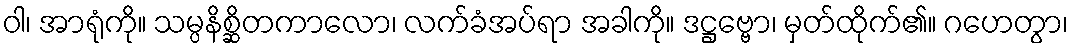
ဝါ၊ အာရုံကို။ သမ္ပနိစ္ဆိတကာလော၊ လက်ခံအပ်ရာ အခါကို။ ဒဋ္ဌဗ္ဗော၊ မှတ်ထိုက်၏။ ဂဟေတွာ၊